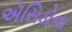
ઍસિડોના